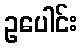
ဥပေါင်း